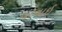
ધોવાઈ